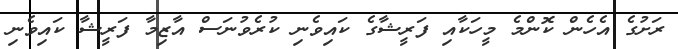
ރަށުގެ އެހެން ކޮންމެ މީހަކާއި ފަރީޝާގެ ކައިވެނި ކުރެވުނަސް އާޒިމާ ފަރީޝާ ކައިވެނި